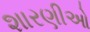
શારણીઓ